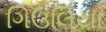
ગિઉલિયા